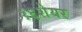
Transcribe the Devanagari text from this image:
१६शेयर